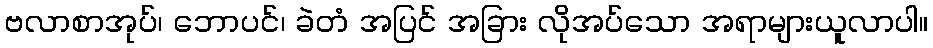
ဗလာစာအုပ်၊ ဘောပင်၊ ခဲတံ အပြင် အခြား လိုအပ်သော အရာများယူလာပါ။